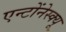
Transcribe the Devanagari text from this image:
एन्टोंनेस्क्यू